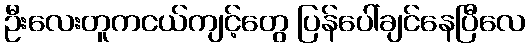
ဦးလေးတူကငယ်ကျင့်တွေ ပြန်ပေါ်ချင်နေပြီလေ